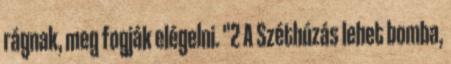
rágnak, meg fogják elégelni. "2 A Széthúzás lehet bomba,